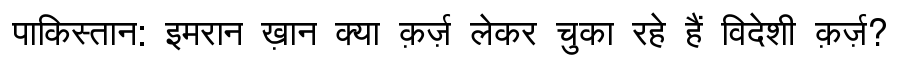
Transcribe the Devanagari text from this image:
पाकिस्तान: इमरान ख़ान क्या क़र्ज़ लेकर चुका रहे हैं विदेशी क़र्ज़?